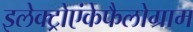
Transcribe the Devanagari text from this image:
इलेक्ट्रोएंकेफैलोग्राम